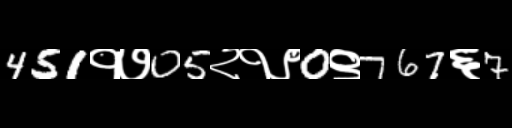
Text: 451१७05२१९0९767६7